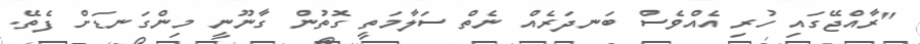
"ރާއްޖޭގައި ހުރި އެއްވެސް ބަނދަރެއް ނެތް ސަލާމަތީ ގޮތުން ގާނޫނީ މިންގަނޑަށް ފެތޭ.